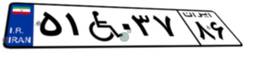
۴۷W۷۱۸۱۳